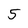
Character: 5